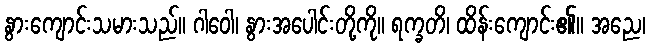
နွားကျောင်းသမားသည်။ ဂါဝေါ၊ နွားအပေါင်းတို့ကို။ ရက္ခတိ၊ ထိန်းကျောင်း၏။ အညေ၊